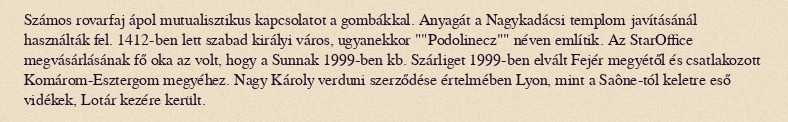
Számos rovarfaj ápol mutualisztikus kapcsolatot a gombákkal. Anyagát a Nagykadácsi templom javításánál használták fel. 1412-ben lett szabad királyi város, ugyanekkor ""Podolinecz"" néven említik. Az StarOffice megvásárlásának fő oka az volt, hogy a Sunnak 1999-ben kb. Szárliget 1999-ben elvált Fejér megyétől és csatlakozott Komárom-Esztergom megyéhez. Nagy Károly verduni szerződése értelmében Lyon, mint a Saône-tól keletre eső vidékek, Lotár kezére került.